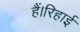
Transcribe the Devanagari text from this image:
हैं।रिहाई